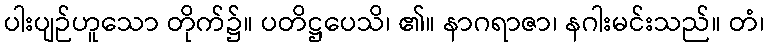
ပါးပျဉ်ဟူသော တိုက်၌။ ပတိဋ္ဌပေသိ၊ ၏။ နာဂရာဇာ၊ နဂါးမင်းသည်။ တံ၊